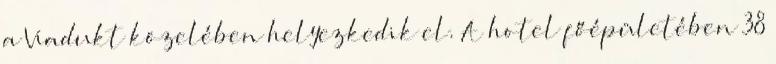
a Viadukt közelében helyezkedik el. A hotel főépületében 38